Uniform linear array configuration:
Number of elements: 24
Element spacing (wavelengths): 0.25
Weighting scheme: cosine
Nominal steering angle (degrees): -60
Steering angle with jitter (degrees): -59.487
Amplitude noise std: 0.05
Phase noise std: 0.05

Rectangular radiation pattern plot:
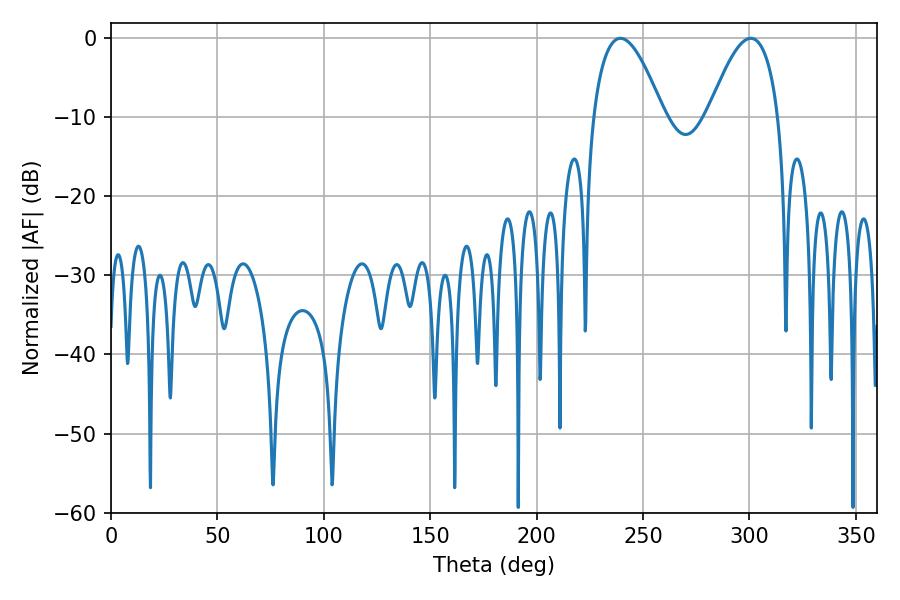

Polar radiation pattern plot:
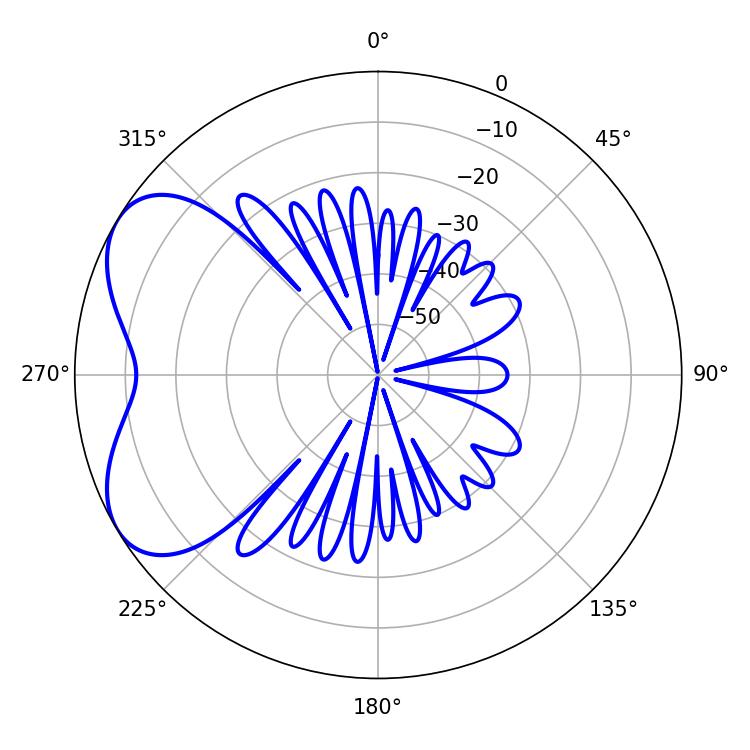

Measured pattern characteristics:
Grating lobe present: FALSE
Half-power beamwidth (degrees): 18
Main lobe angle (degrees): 239.4